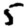
Digit: 5